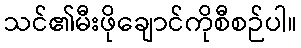
သင်၏မီးဖိုချောင်ကိုစီစဉ်ပါ။